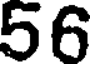
56